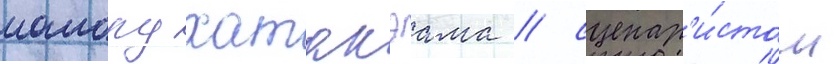
мамору хатакэама / сценар'и́стом